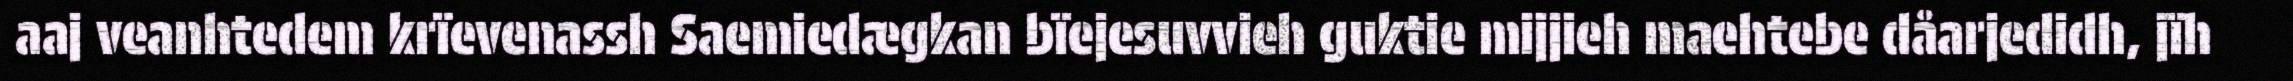
aaj veanhtedem krïevenassh Saemiedægkan bïejesuvvieh guktie mijjieh maehtebe dåarjedidh, jïh